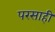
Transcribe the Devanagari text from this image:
परसाही